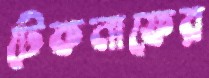
টেকনাফের